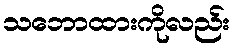
သဘောထားကိုလည်း